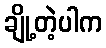
ချို့တဲ့ပါက